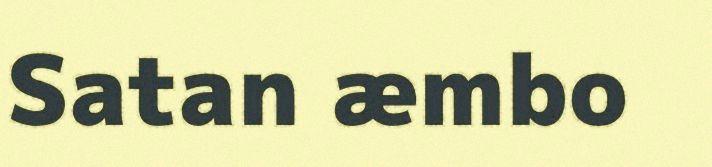
Satan æmbo